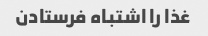
غذا را اشتباه فرستادن